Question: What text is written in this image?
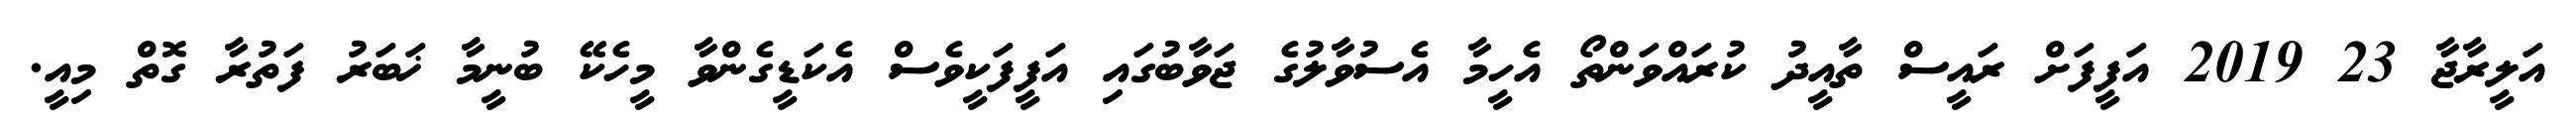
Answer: އަލީރާޖާ 23 2019 އަފީފަށް ރައީސް ތާއީދު ކުރައްވަންތޯ އެހީމާ އެސުވާލުގެ ޖަވާބުގައި އަފީފަކީވެސް އެކަޑީގެންވާ މީހެކޭ ބުނީމާ ޚަބަރު ފަތުރާ ގޮތް މިއީ.